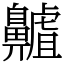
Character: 齇